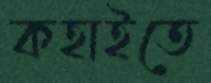
কহাইতে